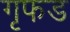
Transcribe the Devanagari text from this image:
गृफड